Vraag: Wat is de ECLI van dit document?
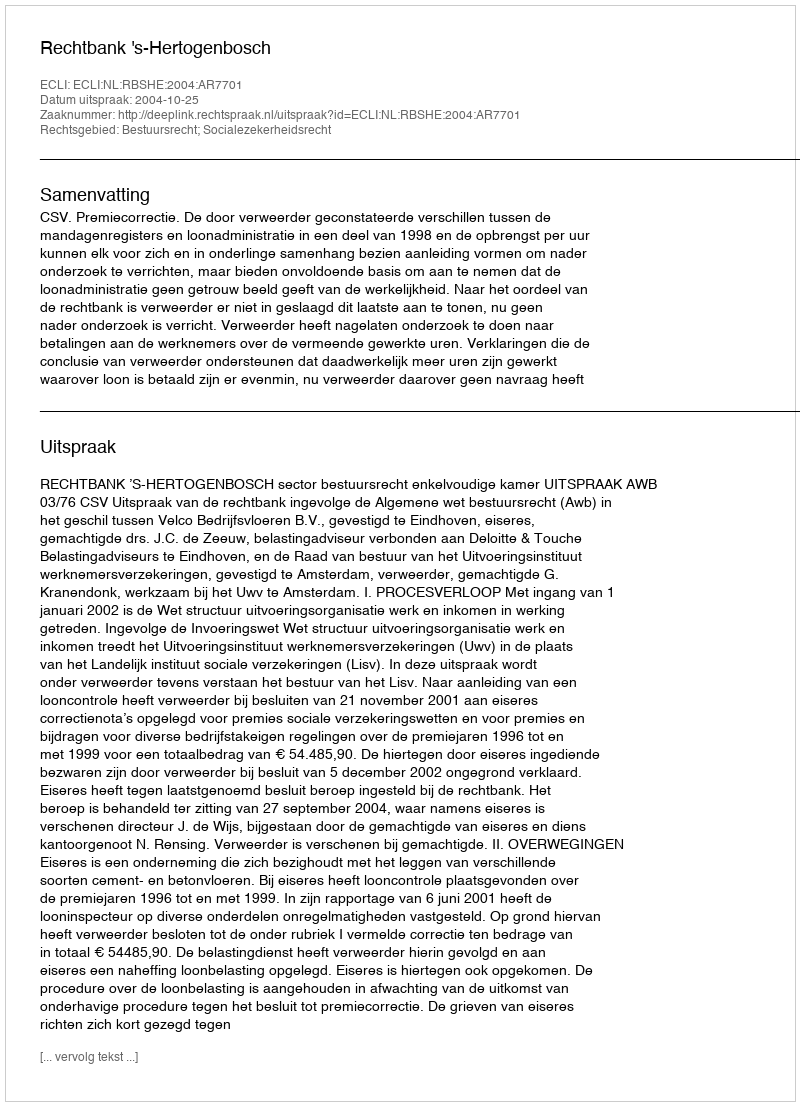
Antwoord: ECLI:NL:RBSHE:2004:AR7701